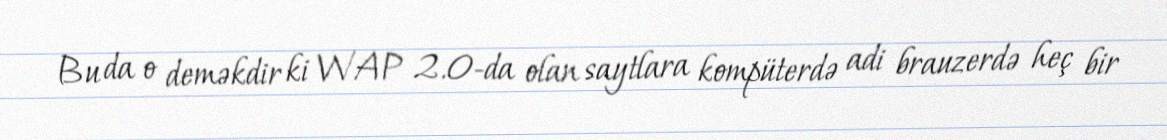
Bu da o deməkdir ki WAP 2.0-da olan saytlara kompüterdə adi brauzerdə heç bir